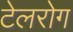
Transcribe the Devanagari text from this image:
टेलरोग